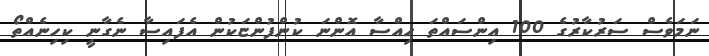
ނަމަވެސް ސަރުކާރުގެ 100 އިންސައްތަ ހިއްސާ އޮންނަ ކުންފުންޏަކުން އެފައިސާ ނެގާނީ ކިހިނެއްތޯ